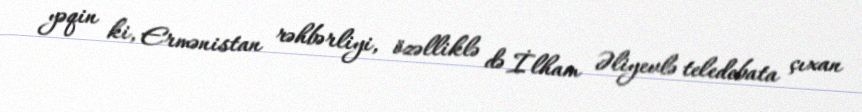
yəqin ki, Ermənistan rəhbərliyi, özəlliklə də İlham Əliyevlə teledebata çıxan